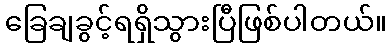
ခြေချခွင့်ရရှိသွားပြီဖြစ်ပါတယ်။